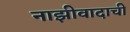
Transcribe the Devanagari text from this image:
नाझीवादाची